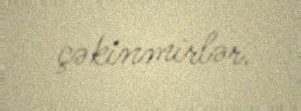
çəkinmirlər.